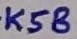
Text: K58